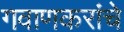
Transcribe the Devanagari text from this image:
गवाणकरांचे